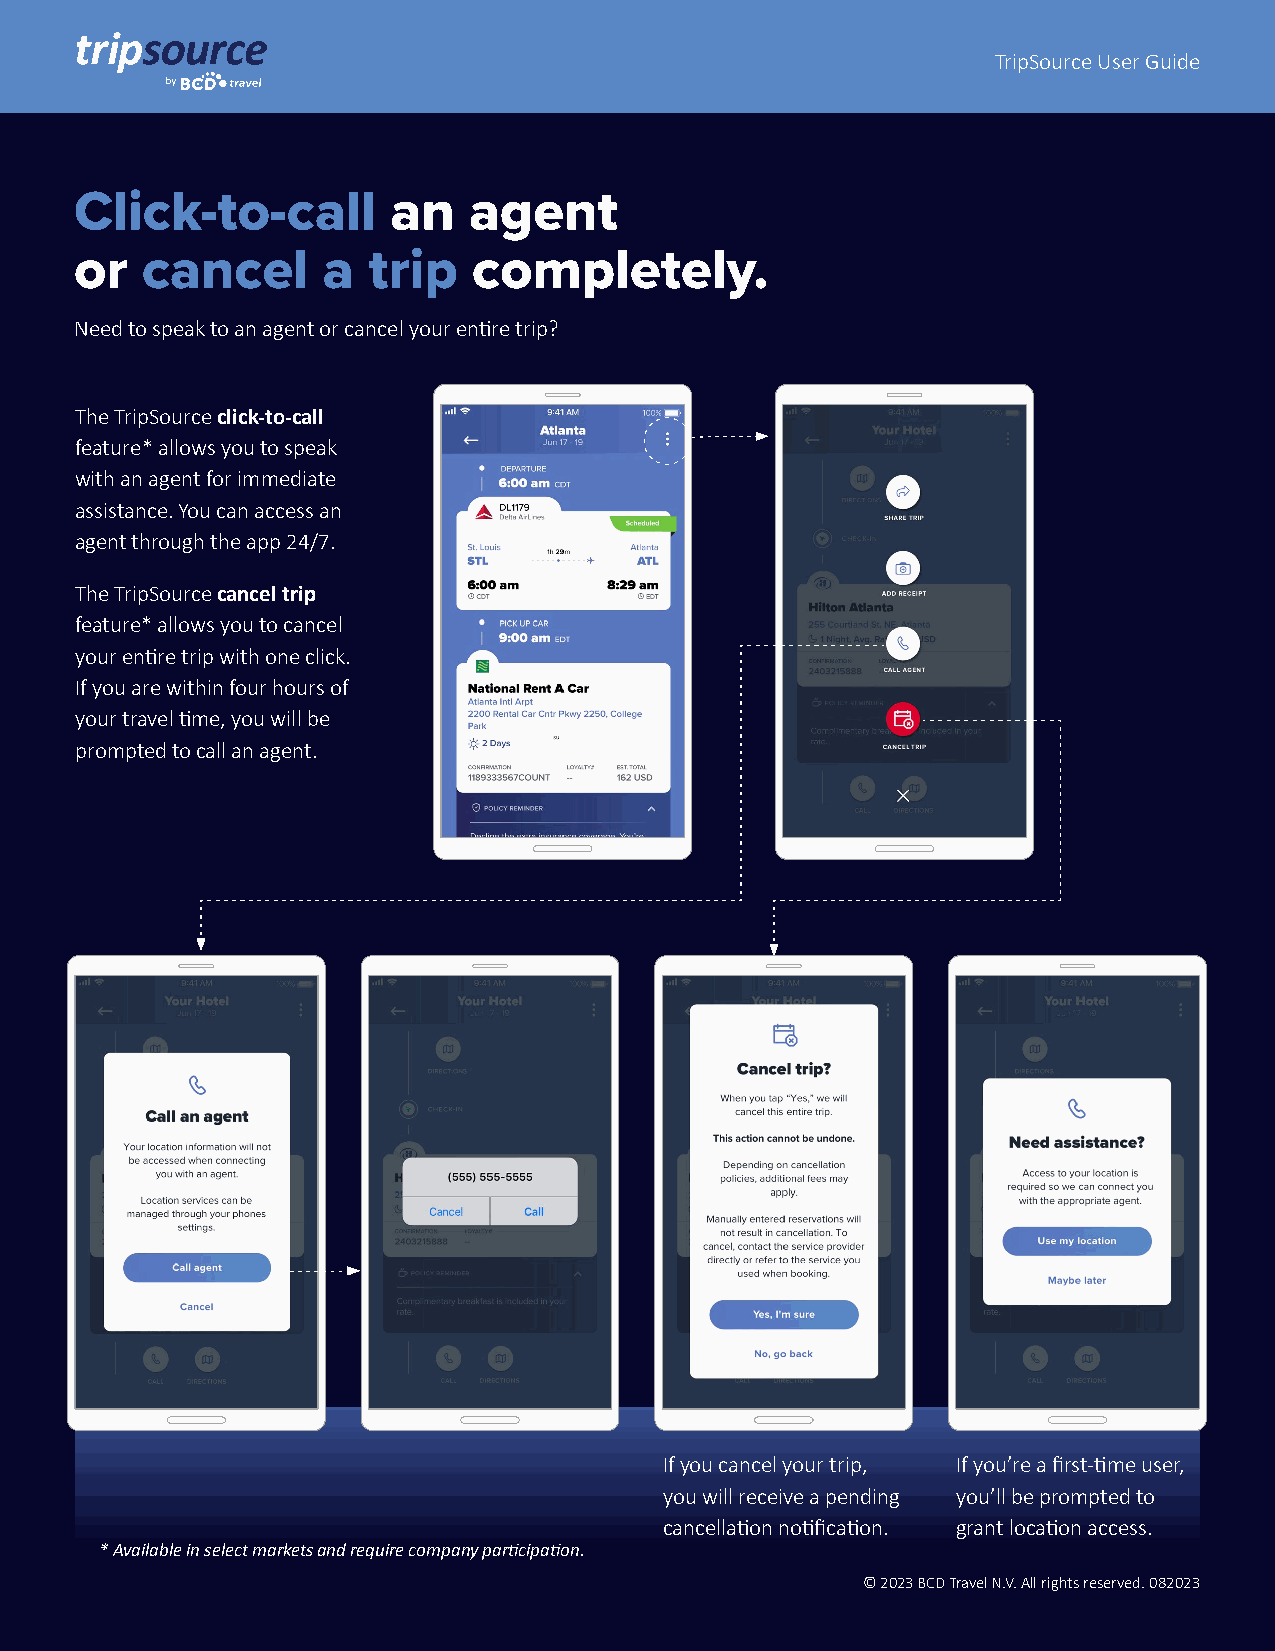
TripSource User Guide
 Click-to-call        an   agent
 or  cancel      a  trip   completely.
 Need to speak to an agent or cancel your entire trip?
 The TripSource click-to-call
 feature* allows you to speak
 with an agent for immediate
 assistance. You can access an
 agent through the app 24/7.
 The TripSource cancel trip
 feature* allows you to cancel
 your entire trip with one click.
 If you are within four hours of
 your travel time, you will be
 prompted to call an agent.
 If you cancel your trip, If you’re a first-time user,
 you will receive a pending you’ll be prompted to
 cancellation notification. grant location access.
 * Available in select markets and require company participation.
 © 2023 BCD Travel N.V. All rights reserved. 082023